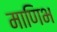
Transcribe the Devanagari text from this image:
माणिभ